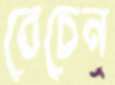
বেচেন